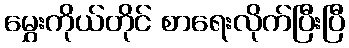
မွှေးကိုယ်တိုင် စာရေးလိုက်ပြီးပြီ